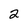
Character: 2